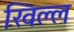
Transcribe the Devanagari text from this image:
खिल्ल